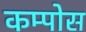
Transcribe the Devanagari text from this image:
कम्पोस